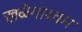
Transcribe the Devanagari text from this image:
खळेगांवकर